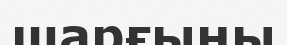
шарғыны